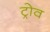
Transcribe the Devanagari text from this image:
ट्रोव